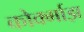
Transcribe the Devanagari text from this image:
कोर्क्माझ